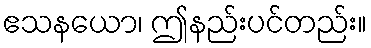
ဧသနယော၊ ဤနည်းပင်တည်း။